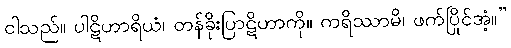
ငါသည်။ ပါဋိဟာရိယံ၊ တန်ခိုးပြာဋိဟာကို။ ကရိဿာမိ၊ ဖက်ပြိုင်အံ့။”